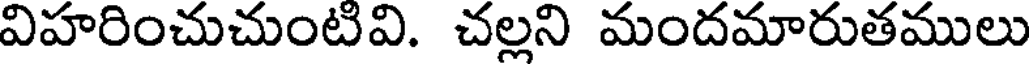
విహరించుచుంటివి. చల్లని మందమారుతములు